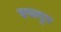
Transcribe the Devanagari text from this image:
एरावुर